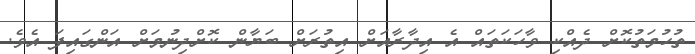
ތުހުމަތުކޮށް ދެއްކި ވާހަކަތައް އެ އިދާރާއަށް އިތުރަށް ބަޔާން ކޮށްދިނުމަށް އަންގައިފަ އެވެ.